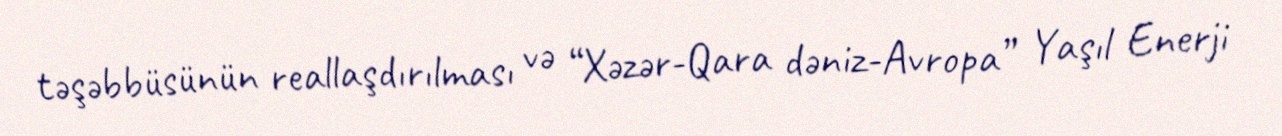
təşəbbüsünün reallaşdırılması və “Xəzər-Qara dəniz-Avropa” Yaşıl Enerji